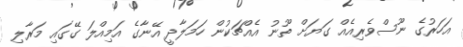
އަހަރުގެ ނޫސްވެރިއެއް ގަޔަށް ތޫނު އެއްޗަކުން ހަމަލާދީ އޭނާގެ އަމިއްލަ ގޭގައި މަރާލި